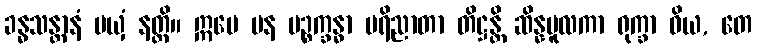
ခန္ဓသန္တာနံ မယှံ နတ္ထိ။ ဣမေ ပန ပဉ္စက္ခန္ဓာ ပရိညာတာ တိဋ္ဌန္တိ ဆိန္နမူလကာ ရုက္ခာ ဝိယ, တေ